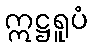
ဣဋ္ဌရူပံ